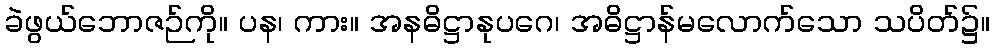
ခဲဖွယ်ဘောဇဉ်ကို။ ပန၊ ကား။ အနဓိဋ္ဌာနုပဂေ၊ အဓိဋ္ဌာန်မလောက်သော သပိတ်၌။